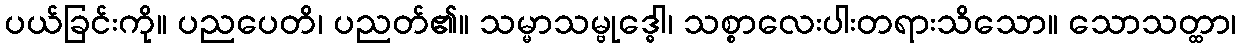
ပယ်ခြင်းကို။ ပညပေတိ၊ ပညတ်၏။ သမ္မာသမ္ဗုဒ္ဓေါ၊ သစ္စာလေးပါးတရားသိသော။ သောသတ္ထာ၊